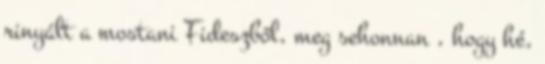
rinyált a mostani Fideszből, meg sehonnan , hogy hé,